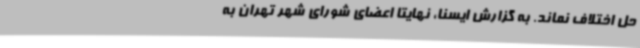
حل اختلاف نماند. به گزارش ایسنا، نهایتا اعضای شورای شهر تهران به